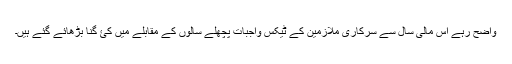
واضح رہے اس مالی سال سے سرکاری ملازمین کے ٹیکس واجبات پچھلے سالوں کے مقابلے میں کئ گنا بڑھائے گئے ہیں۔